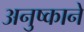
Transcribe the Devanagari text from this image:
अनुष्काने